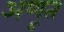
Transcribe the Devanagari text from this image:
अणूत